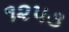
૧૨૫૩